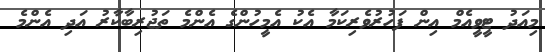
މިއަދު ޓީވީއެމް އިން ފަހުރުވެރިކަމާ އެކު އެމީހުންގެ އެންމެ ތަޖުރިބާކާރު އަދި އެންމެ